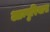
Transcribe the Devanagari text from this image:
आम्पुरियास